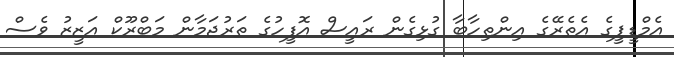
އެމްޑީޕީގެ އެތެރޭގެ އިންތިހާބާ ގުޅިގެން ރައީސް އޮފީހުގެ ތަރުޖަމާން މަބްރޫކް އަޒީޒު ވެސް